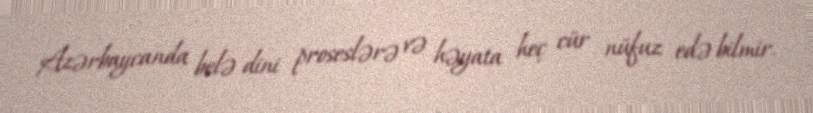
Azərbaycanda belə dini proseslərə və həyata heç cür nüfuz edə bilmir.